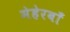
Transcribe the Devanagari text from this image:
मेहेरबाँ